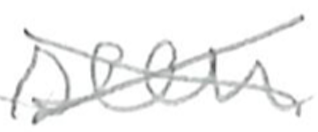
Text: seen
Cross-out: cross
Writing tool: pencil